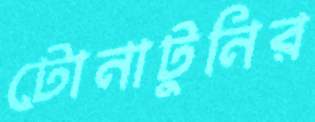
টোনাটুনির